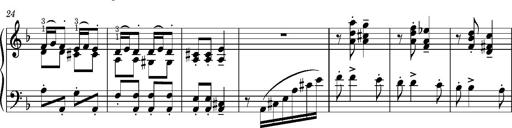
Title: Puszta Wehmut â€“ A puszta keserve
Composer: Franz Liszt
Key: D minor